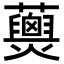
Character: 𧄖